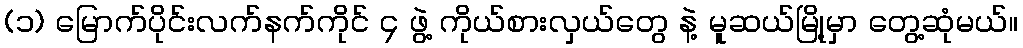
(၁) မြောက်ပိုင်းလက်နက်ကိုင် ၄ ဖွဲ့ ကိုယ်စားလှယ်တွေ နဲ့ မူဆယ်မြို့မှာ တွေ့ဆုံမယ်။